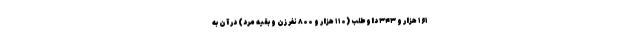
۱۶۱ هزار و ۳۴۳ داوطلب (۱۱۰ هزار و ۸۰۰ نفر زن و بقیه مرد) در آن به